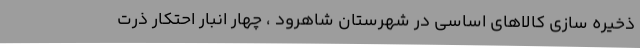
ذخیره سازی کالاهای اساسی در شهرستان شاهرود ، چهار انبار احتکار ذرت